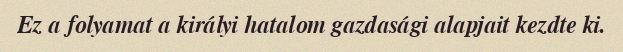
Ez a folyamat a királyi hatalom gazdasági alapjait kezdte ki.